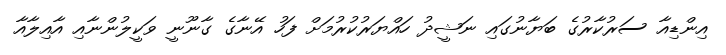
އިންޑިއާ ސަރުކާރުގެ ބަޔާނުގައި ނަޝީދު ހައްޔަރުކުރުމަށް ފަހު އޭނާގެ ގާނޫނީ ވަކީލުންނާއި އާއިލާއާ